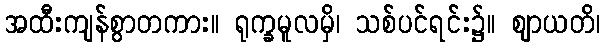
အထီးကျန်စွာတကား။ ရုက္ခမူလမှိ၊ သစ်ပင်ရင်း၌။ ဈာယတိ၊